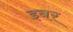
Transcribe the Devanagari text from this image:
इबर